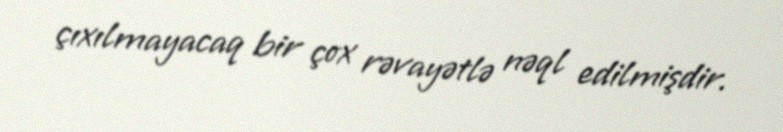
çıxılmayacaq bir çox rəvayətlə nəql edilmişdir.